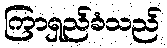
ကြာရှည်ခံသည်